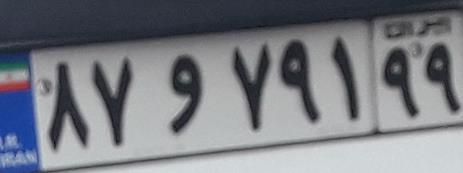
۸۷و۷۹۱۹۹